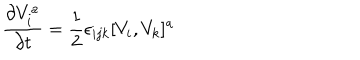
LaTeX: { \frac { \partial V _ { i } ^ { a } } { \partial t } } = { \frac { 1 } { 2 } } \epsilon _ { i j k } [ V _ { i } , V _ { k } ] ^ { a }